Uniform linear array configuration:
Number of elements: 12
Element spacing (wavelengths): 0.5
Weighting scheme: blackman
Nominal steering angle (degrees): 60
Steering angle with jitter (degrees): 58.594
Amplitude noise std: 0.05
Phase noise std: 0.05

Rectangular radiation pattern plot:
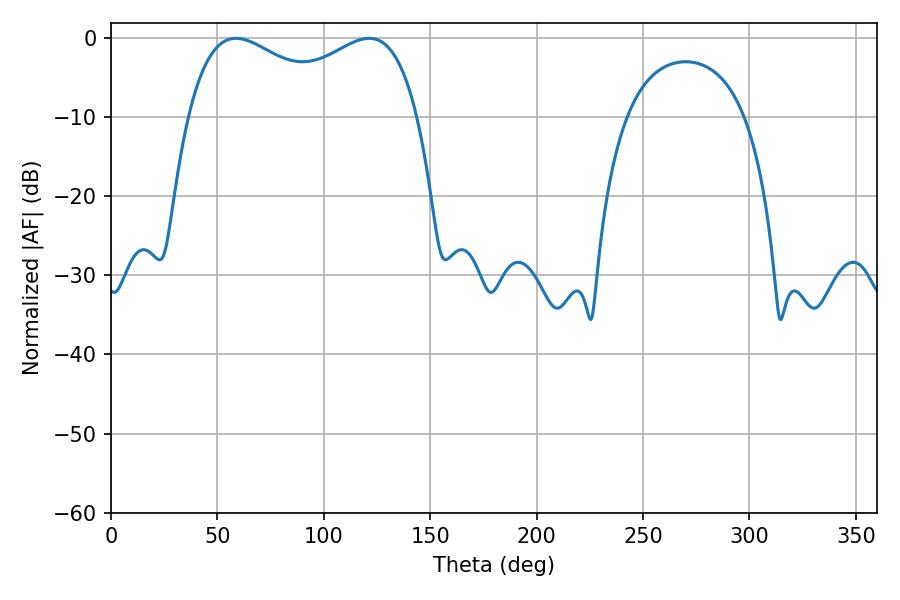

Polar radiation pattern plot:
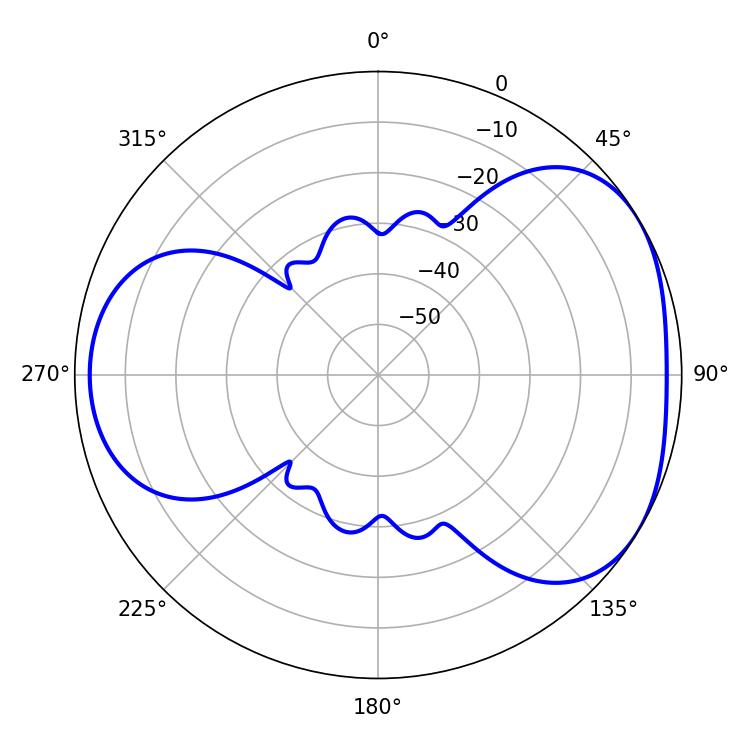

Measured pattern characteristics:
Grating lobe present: FALSE
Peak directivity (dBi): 4.121
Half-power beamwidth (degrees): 89.64
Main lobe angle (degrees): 58.68